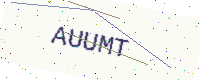
Text: AUUMT